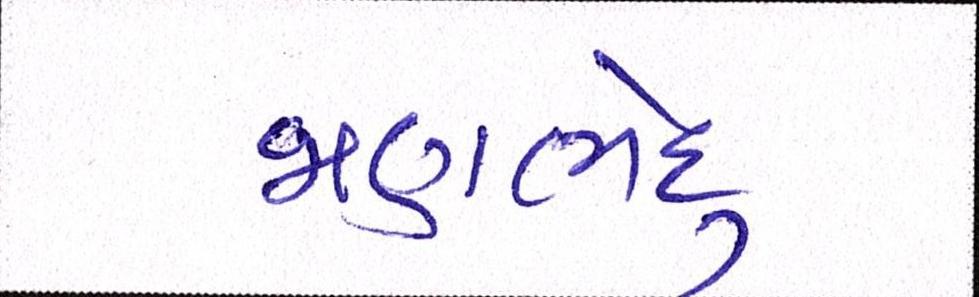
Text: જાણભેદુ